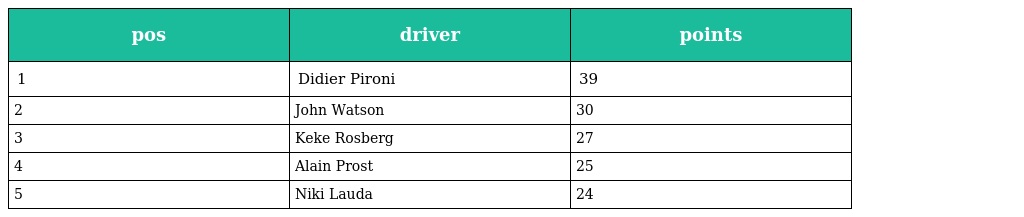
| pos | driver | points |
 | --- | --- | --- |
 | 1 | Didier Pironi | 39 |
 | 2 | John Watson | 30 |
 | 3 | Keke Rosberg | 27 |
 | 4 | Alain Prost | 25 |
 | 5 | Niki Lauda | 24 |